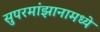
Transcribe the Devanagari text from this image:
सुपरमांझानामध्ये